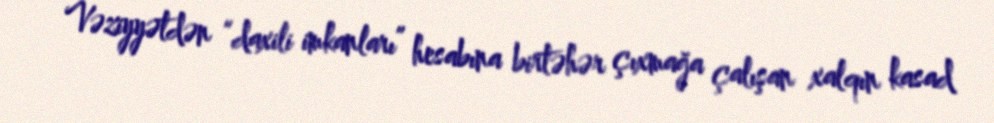
Vəziyyətdən “daxili imkanları” hesabına birtəhər çıxmağa çalışan xalqın kasad